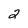
Character: 2